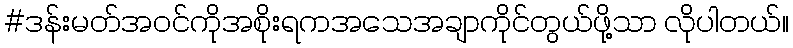
#ဒန်းမတ်အဝင်ကိုအစိုးရကအသေအချာကိုင်တွယ်ဖို့သာ လိုပါတယ်။